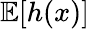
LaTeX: \mathbb{E}[h(x)]